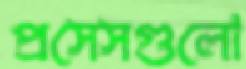
প্রসেসগুলো